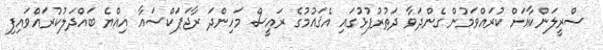
ސްރީލަންކާއަށް ކުރައްވަމުން ގެންދަވާ ދަތުރުފުޅުގައި އެޤައުމުގެ ރައީސް މަހިންދަ ރާޖަޕަކްސައާ އިއްޔެ ބައްދަލުކުރައްވައިފި